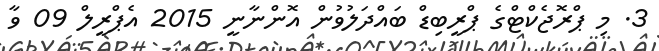
3. މި ޕްރޮޖެކްޓްގެ ޕްރީބިޑް ބައްދަލުވުން އޮންނާނީ 2015 އެޕްރީލް 09 ވާ